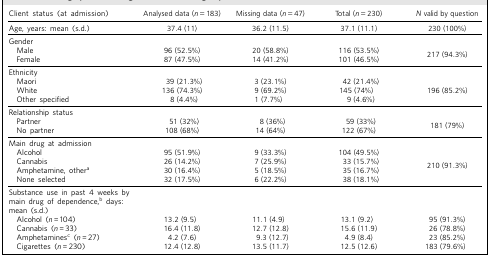
<table><thead><tr><td><b>Client status (at admission)</b></td><td><b>Analysed data (<i>n</i> = 183)</b></td><td><b>Missing data (<i>n</i> = 47)</b></td><td><b>Total (<i>n</i> = 230)</b></td><td><b><i>N</i> valid by question</b></td></tr></thead><tbody><tr><td>Age, years: mean (s.d.)</td><td>37.4 (11)</td><td>36.2 (11.5)</td><td>37.1 (11.1)</td><td>230 (100%)</td></tr><tr><td>Gender</td><td></td><td></td><td></td><td></td></tr><tr><td>Male</td><td>96 (52.5%)</td><td>20 (58.8%)</td><td>116 (53.5%)</td><td rowspan="2">217 (94.3%)</td></tr><tr><td>Female</td><td>87 (47.5%)</td><td>14 (41.2%)</td><td>101 (46.5%)</td></tr><tr><td>Ethnicity</td><td></td><td></td><td></td><td></td></tr><tr><td>Maori</td><td>39 (21.3%)</td><td>3 (23.1%)</td><td>42 (21.4%)</td><td rowspan="3">196 (85.2%)</td></tr><tr><td>White</td><td>136 (74.3%)</td><td>9 (69.2%)</td><td>145 (74%)</td></tr><tr><td>Other specified</td><td>8 (4.4%)</td><td>1 (7.7%)</td><td>9 (4.6%)</td></tr><tr><td>Relationship status</td><td></td><td></td><td></td><td></td></tr><tr><td>Partner</td><td>51 (32%)</td><td>8 (36%)</td><td>59 (33%)</td><td rowspan="2">181 (79%)</td></tr><tr><td>No partner</td><td>108 (68%)</td><td>14 (64%)</td><td>122 (67%)</td></tr><tr><td>Main drug at admission</td><td></td><td></td><td></td><td></td></tr><tr><td>Alcohol</td><td>95 (51.9%)</td><td>9 (33.3%)</td><td>104 (49.5%)</td><td rowspan="4">210 (91.3%)</td></tr><tr><td>Cannabis</td><td>26 (14.2%)</td><td>7 (25.9%)</td><td>33 (15.7%)</td></tr><tr><td>Amphetamine, other<sup>a</sup></td><td>30 (16.4%)</td><td>5 (18.5%)</td><td>35 (16.7%)</td></tr><tr><td>None selected</td><td>32 (17.5%)</td><td>6 (22.2%)</td><td>38 (18.1%)</td></tr><tr><td>Substance use in past 4 weeks bymain drug of dependence,<sup>b</sup> days:mean (s.d.)</td><td></td><td></td><td></td><td></td></tr><tr><td>Alcohol (<i>n</i> = 104)</td><td>13.2 (9.5)</td><td>11.1 (4.9)</td><td>13.1 (9.2)</td><td>95 (91.3%)</td></tr><tr><td>Cannabis (<i>n</i> = 33)</td><td>16.4 (11.8)</td><td>12.7 (12.8)</td><td>15.6 (11.9)</td><td>26 (78.8%)</td></tr><tr><td>Amphetamines<sup>c</sup> (<i>n</i> = 27)</td><td>4.2 (7.6)</td><td>9.3 (12.7)</td><td>4.9 (8.4)</td><td>23 (85.2%)</td></tr><tr><td>Cigarettes (<i>n</i> = 230)</td><td>12.4 (12.8)</td><td>13.5 (11.7)</td><td>12.5 (12.6)</td><td>183 (79.6%)</td></tr></tbody></table>